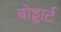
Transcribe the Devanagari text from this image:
बोड्डार्ट